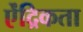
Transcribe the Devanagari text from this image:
ऐंद्रिकता